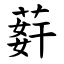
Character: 䓸